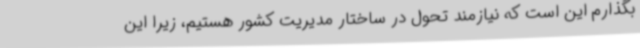
بگذارم این است که نیازمند تحول در ساختار مدیریت کشور هستیم، زیرا این